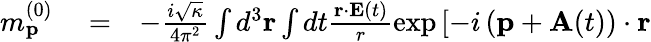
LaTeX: \begin{array}{rlr}{m_{\mathbf{p}}^{(0)}}&{{}=}&{-\frac{i\sqrt{\kappa}}{4\pi^{2}}\int d^{3}\mathbf{r}\int dt\frac{\mathbf{r}\cdot\mathbf{E}(t)}{r}\exp\left[-i\left(\mathbf{p}+\mathbf{A}(t)\right)\cdot\mathbf{r}\right.}\end{array}